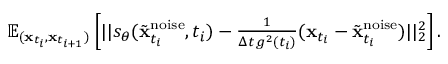
\begin{array} { r } { \mathbb { E } _ { ( \mathbf { x } _ { t _ { i } } , \mathbf { x } _ { t _ { i + 1 } } ) } \left[ | | s _ { \theta } ( \tilde { \mathbf { x } } _ { t _ { i } } ^ { \mathrm { n o i s e } } , t _ { i } ) - \frac { 1 } { \Delta t \, g ^ { 2 } ( t _ { i } ) } ( \mathbf { x } _ { t _ { i } } - \tilde { \mathbf { x } } _ { t _ { i } } ^ { \mathrm { n o i s e } } ) | | _ { 2 } ^ { 2 } \right] . } \end{array}